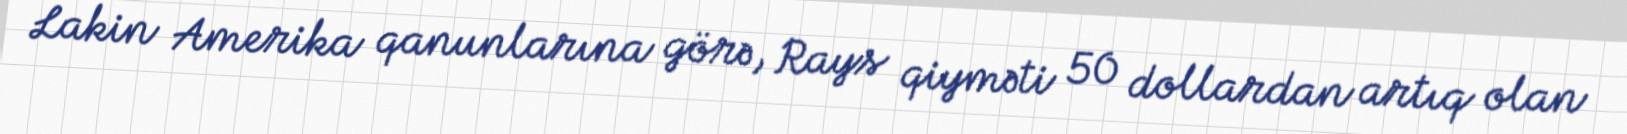
Lakin Amerika qanunlarına görə, Rays qiyməti 50 dollardan artıq olan